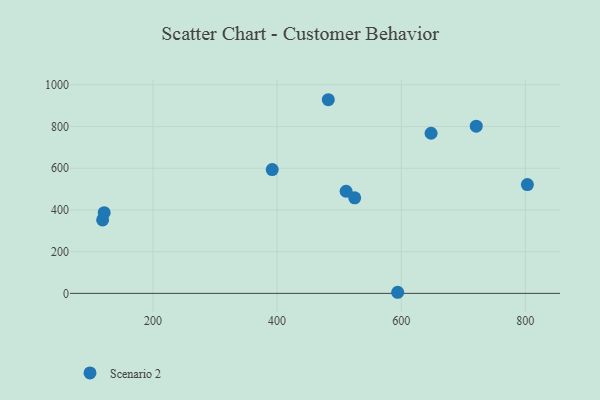
{"axis": {"x": "Ad Spend", "y": "Fuel Efficiency"}, "legend": ["Scenario 2"], "data": [{"x": "118.8", "y": 352.0, "type": "Scenario 2"}, {"x": "720.9", "y": 802.1, "type": "Scenario 2"}, {"x": "648.1", "y": 768.0, "type": "Scenario 2"}, {"x": "482.5", "y": 928.8, "type": "Scenario 2"}, {"x": "803.3", "y": 521.6, "type": "Scenario 2"}, {"x": "525.0", "y": 458.4, "type": "Scenario 2"}, {"x": "594.3", "y": 5.2, "type": "Scenario 2"}, {"x": "392.1", "y": 593.6, "type": "Scenario 2"}, {"x": "511.2", "y": 489.9, "type": "Scenario 2"}, {"x": "121.3", "y": 387.0, "type": "Scenario 2"}]}